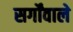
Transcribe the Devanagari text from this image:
सर्गोंवाले